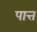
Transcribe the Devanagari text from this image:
पात्त